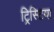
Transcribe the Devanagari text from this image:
ट्रिस्टिया